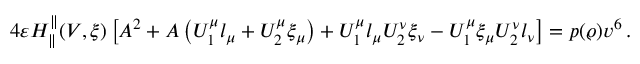
4 \varepsilon H _ { \parallel } ^ { \parallel } ( V , \xi ) \left[ A ^ { 2 } + A \left( U _ { 1 } ^ { \mu } l _ { \mu } + U _ { 2 } ^ { \mu } \xi _ { \mu } \right) + U _ { 1 } ^ { \mu } l _ { \mu } U _ { 2 } ^ { \nu } \xi _ { \nu } - U _ { 1 } ^ { \mu } \xi _ { \mu } U _ { 2 } ^ { \nu } l _ { \nu } \right] = p ( \varrho ) v ^ { 6 } \, .